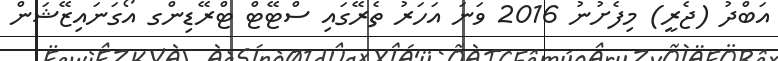
އަބްދު (ޖެރީ) މިފެށުނު 2016 ވަނަ އަހަރު ތެރޭގައި ސްޓޭޓް ޓްރޭޑިންގ އޯގަނައިޒޭޝަން